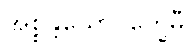
အစ္စန္တယောဂက္ခေမီ